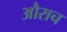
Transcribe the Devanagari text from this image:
औराच